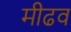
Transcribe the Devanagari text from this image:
मीढव